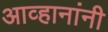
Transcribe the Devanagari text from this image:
आव्हानांनी